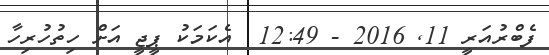
ފެބްރުއަރީ 11